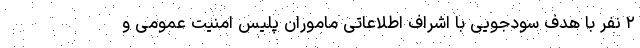
۲ نفر با هدف سودجویی با اشراف اطلاعاتی ماموران پلیس امنیت عمومی و